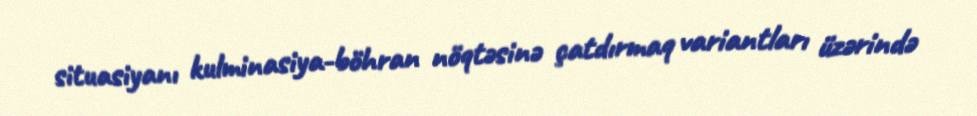
situasiyanı kulminasiya-böhran nöqtəsinə çatdırmaq variantları üzərində